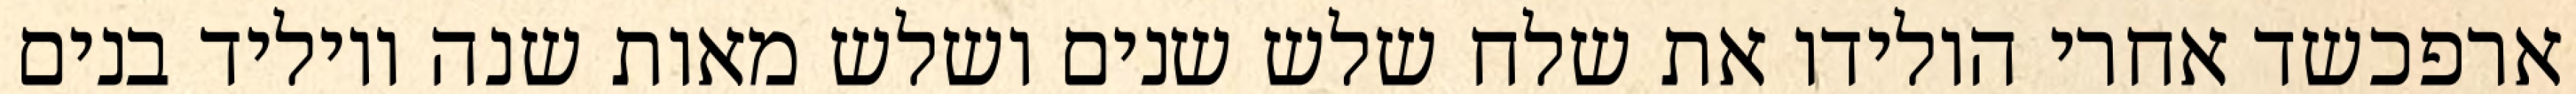
ארפכשד אחרי הולידו את שלח שלש שנים ושלש מאות שנה ויוליד בנים